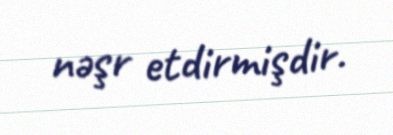
nəşr etdirmişdir.